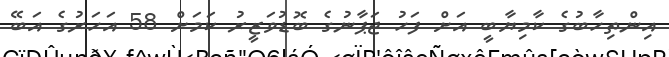
އިންތިހާބުގެ ކާމިޔާބީ އަށް ފަހު ޖަޕާނުގެ ބޮޑުވަޒީރު ކަމަށް 58 އަހަރުގެ އަބޭ